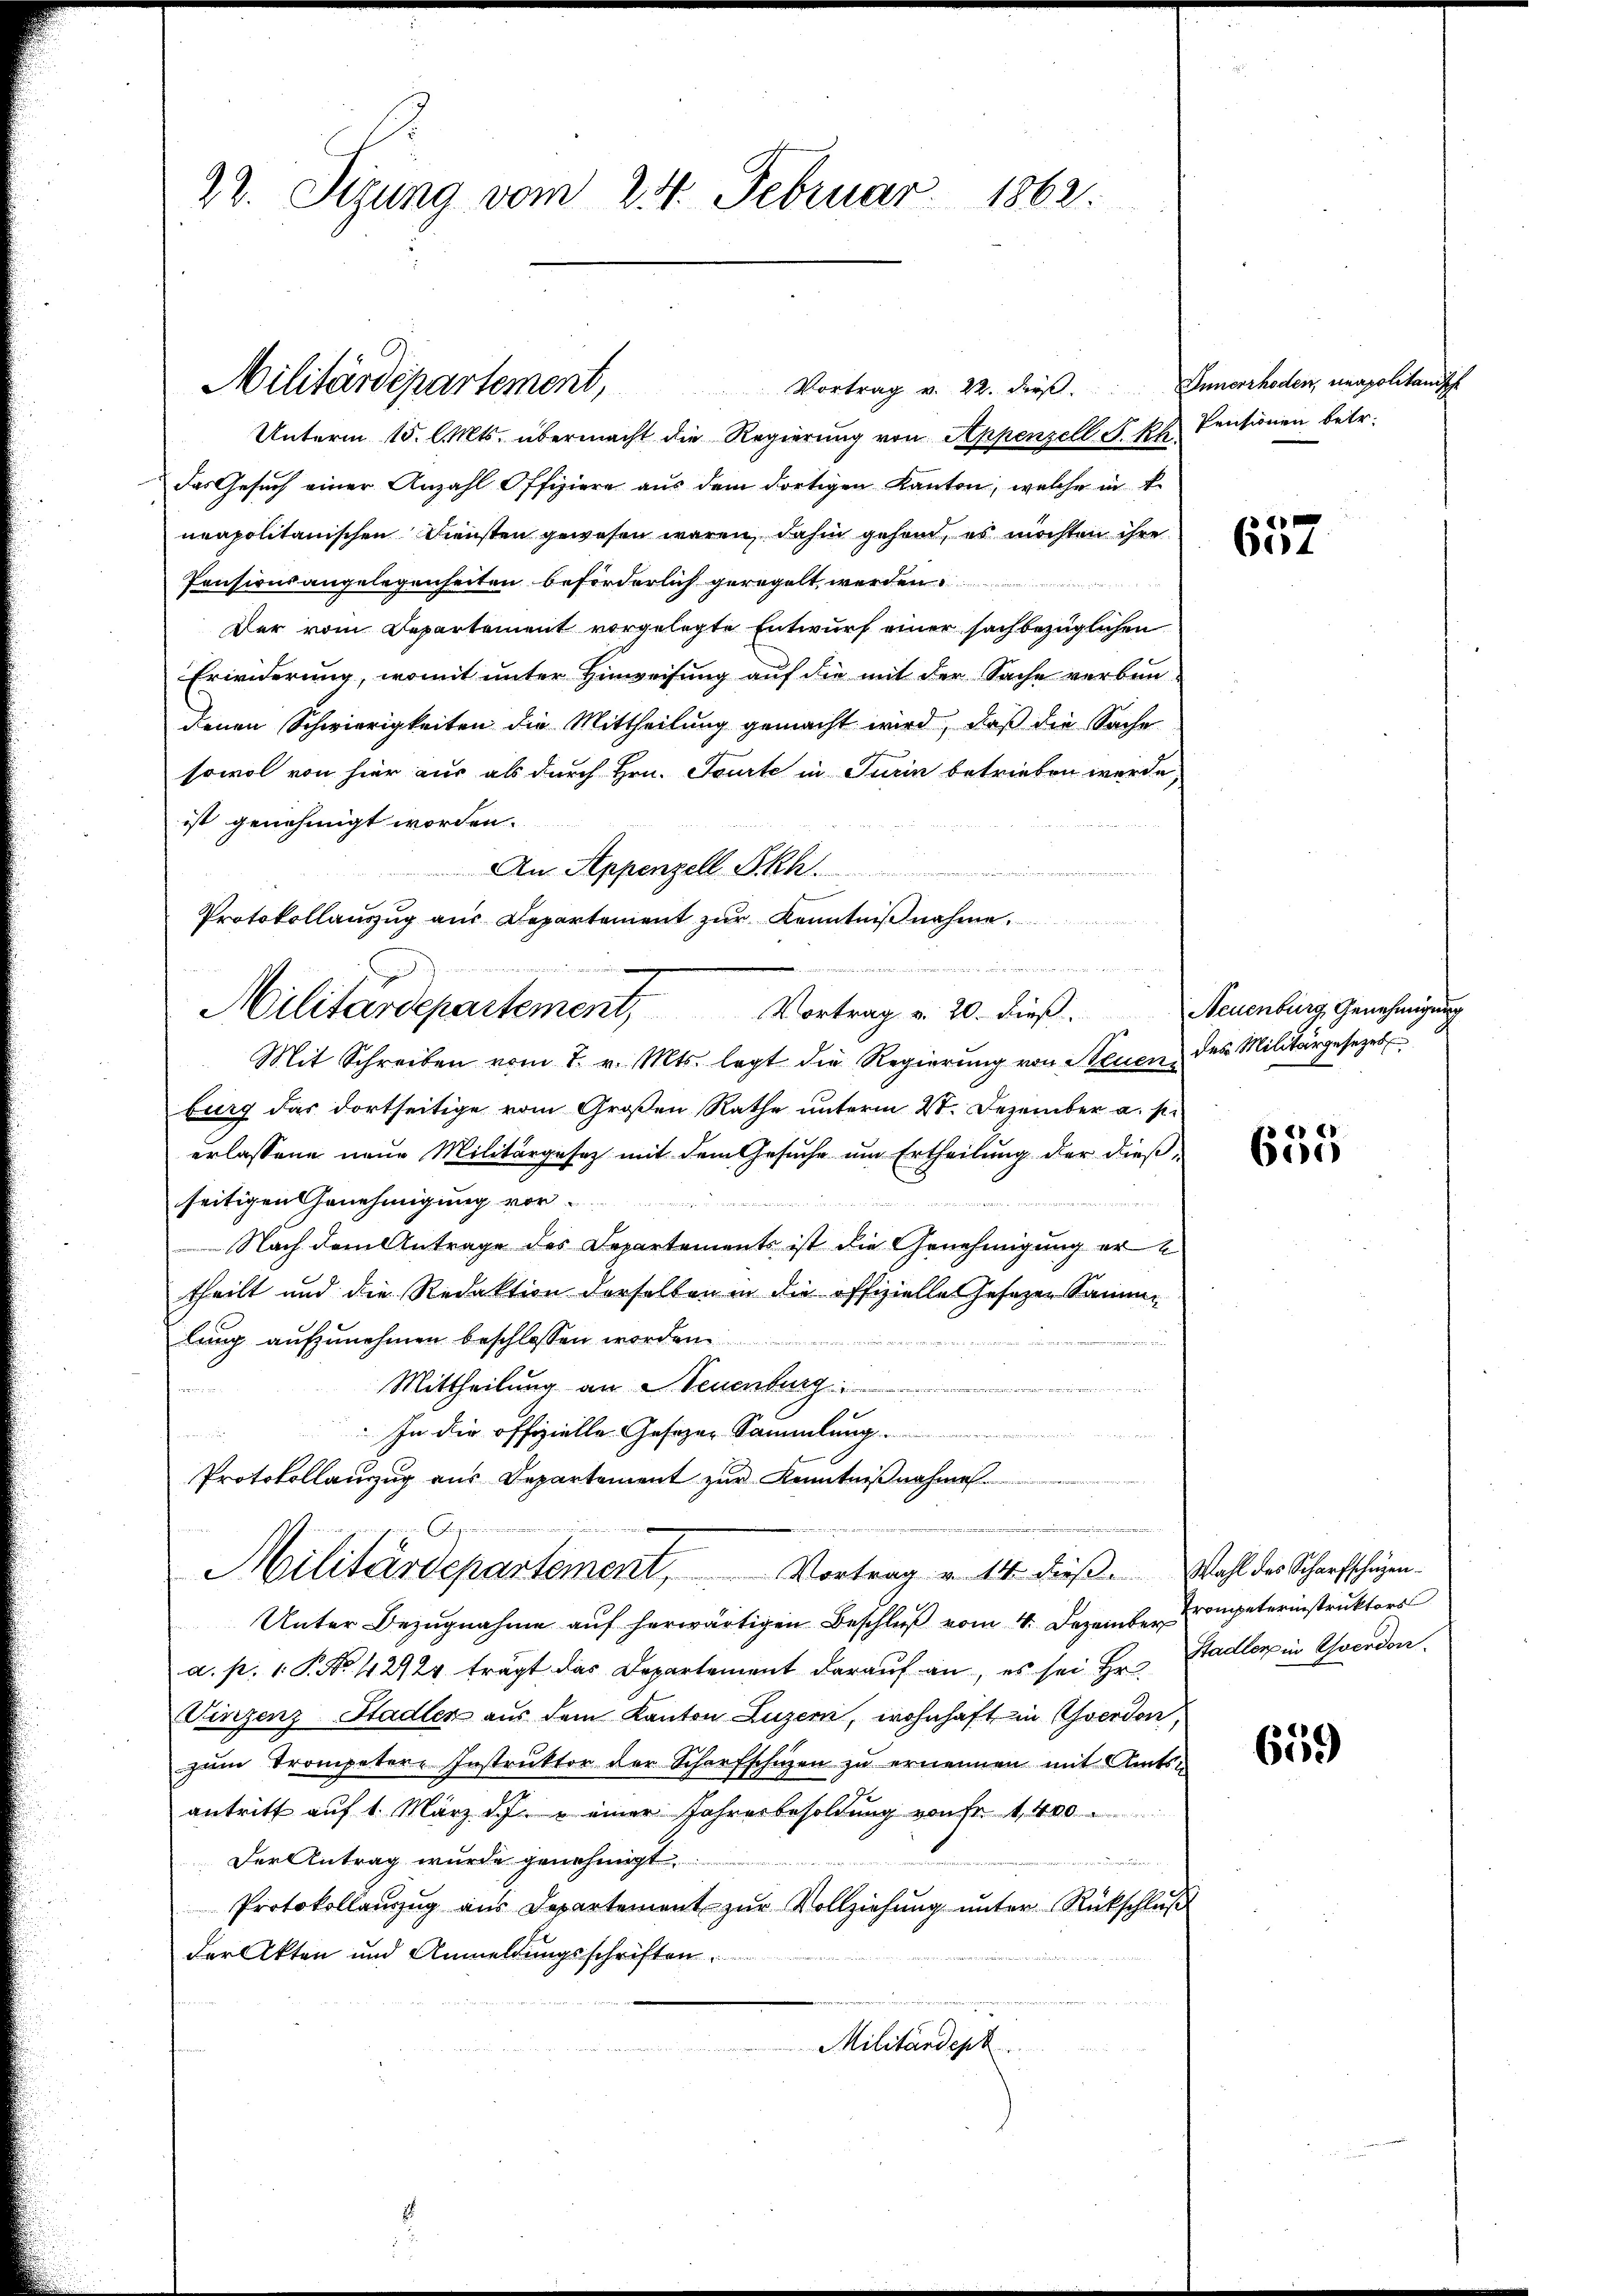
22. Sizung vom 24. Februar 1862.

Militärdepartement, Vortrag v. 22. dieβ.  Innerrhoden, einapolitanisch
Unterm 15. l. Mts. übermacht die Regierung von Appenzell S. sch Pensionen betr.
das Gesuch einer Anzahl Offiziere aus dem dortigen Kanton, welche in k
neapolitanischen Diensten gewesen wären, dahin gehend, es möchten ihre
Pensionsangelegenheiten beförderlich geregelt werden.
Der vom Departement vorgelegte Entwurf einer sachbezüglichen
Erwiderung, womit unter Hinweisung auf die mit der Sache verbun-
denen Schwierigkeiten die Mittheilung gemacht wird, daß die Sache
sowol von hier aus als durch Hrn. Tourte in Turin betrieben werde,
ist genehmigt worden.
An Appenzell Skh.
Vortrag v. 20. dieß.
Mit Schreiben vom 7. v. Mts. legt die Regierŭng von Steuen des Militärgesezet
burg das dortseitige vom Großen Rathe unterm 4. Dezember a. p.
erlassene neue Militärgesetz mit dem Gesuche um Ertheilung der dießseitigen Genehmigung vor-
Nach dem Antrage des Departements ist die Genehmigung ertheilt und die Redaktion derselben in die offizielle Gesezen Sammlung aufzunehmen beschlossen

Mittheilung an Neuenburg
a
In die offizielle Gesetzen Sammlung.
Protokollauszug aus Departement zur Kenntnißnahmen.
2
Militärdepartement, Vortrag v. 14. dieß. Wahl des Scharfschagen¬
Unter Bezugnahme auf herwärtigen Beschluß vom 4. Dezember rompeterinstruktors
a. p. 1 P. Nr. 42924 trägt das Departement darauf an, es sei Hr. Stadler in Goerdon
Vinzenz-Stadler aus dem Kanton Luzern, wohnhaft in Yverdon,
zum Trompeter-Instruktor der Scharfschuzen zu ernennen mit Amtsantritt auf 1. März d. u einer Jahresbesoldung von Fr. 1,400
Der Antrag wurde genehmigt
e
Protokollauszug aus Departement zur Vollziehung unter Rückschluß
der Akten und Anmeldungsschriften.
Militärdept

Protokollauszug aus Departement zur Kenntniβnahme.
Militärdepartement,

657

Neuenburg Genehmigung

655

659